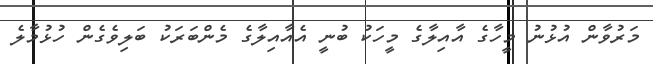
މަރުވާން އުޅުނު މީހާގެ އާއިލާގެ މީހަކު ބުނީ އެއާއިލާގެ މެންބަރަކު ބަލިވެގެން ހުޅުމާލެ